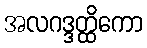
အလဂဒ္ဒတ္ထိကော